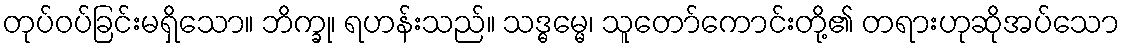
တုပ်ဝပ်ခြင်းမရှိသော။ ဘိက္ခု၊ ရဟန်းသည်။ သဒ္ဓမ္မေ၊ သူတော်ကောင်းတို့၏ တရားဟုဆိုအပ်သော